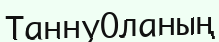
ТаннуОланың